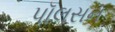
પૉલસન